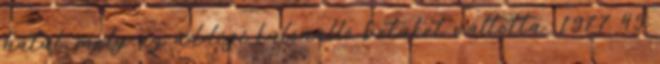
hátul, mely az addigi különálló betűket váltotta. 1977 49